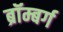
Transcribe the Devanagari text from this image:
ब्रॉम्बर्ग